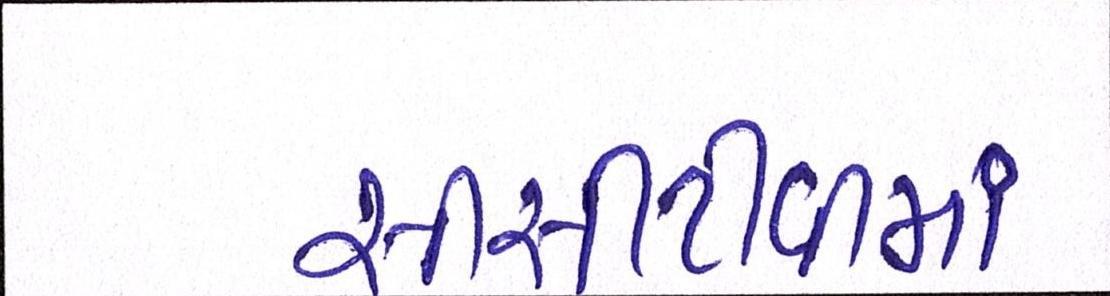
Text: સીસીટીવીમાં